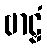
ဗာဠှံ